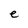
Character: e